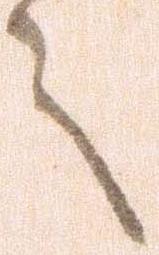
言